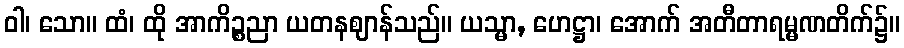
ဝါ၊ သော။ ထံ၊ ထို အာကိဉ္စညာ ယတနဈာန်သည်။ ယသ္မာ, ဟေဋ္ဌာ၊ အောက် အတီတာရမ္မဏတိက်၌။